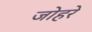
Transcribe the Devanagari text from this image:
जोहरे